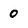
Character: 0